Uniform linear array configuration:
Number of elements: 48
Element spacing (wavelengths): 0.5
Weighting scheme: cosine
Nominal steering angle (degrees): -30
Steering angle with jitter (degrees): -30.298
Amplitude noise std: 0.05
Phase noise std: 0.05

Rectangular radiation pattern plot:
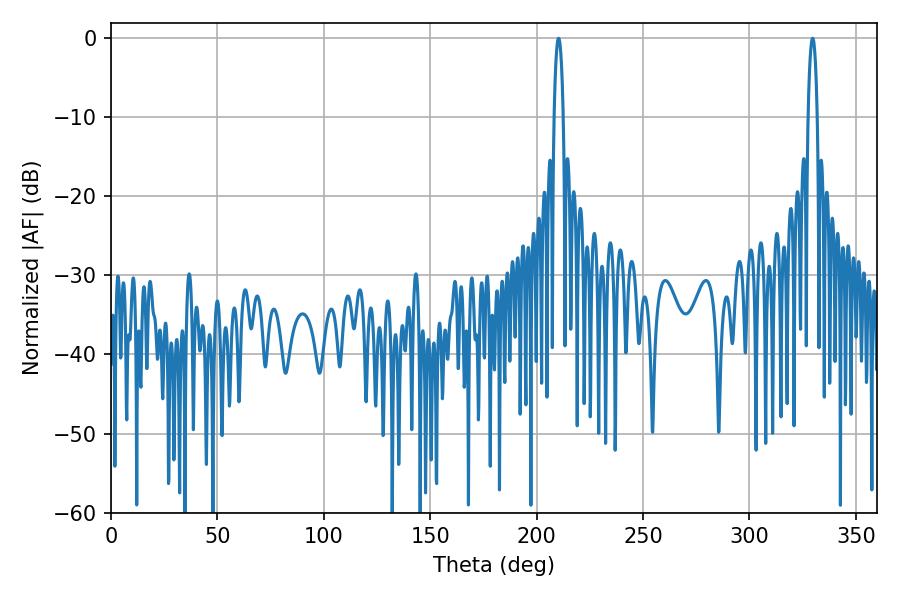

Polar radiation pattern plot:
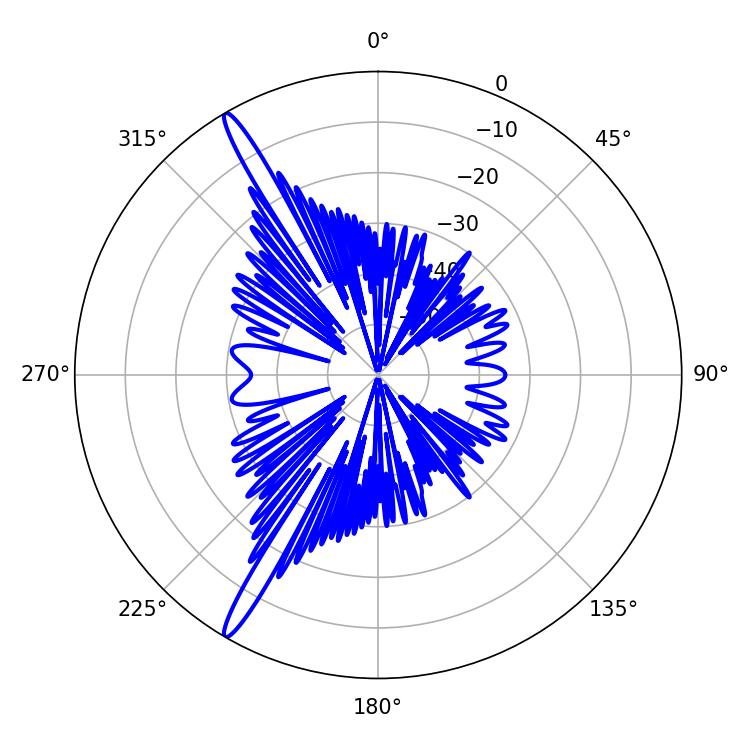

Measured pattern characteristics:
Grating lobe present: FALSE
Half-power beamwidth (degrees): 2.34
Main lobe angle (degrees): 329.76